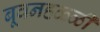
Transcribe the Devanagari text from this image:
बूवनहळ्ळी